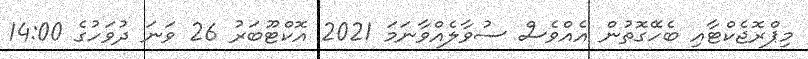
މިޕްރޮޖެކްޓާއި ބެހޭގޮތުން އެއްވެސް ސުވާލެއްވާނަމަ 2021 އޮކްޓޫބަރު 26 ވަނަ ދުވަހުގެ 14:00